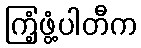
ကြံ့ဖွံ့ပါတီက